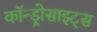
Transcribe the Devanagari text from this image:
कॉन्ड्रोसाइट्स